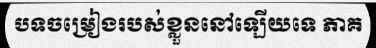
បទចម្រៀងរបស់ខ្លួននៅឡើយទេ ភាគ